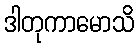
ဒါတုကာမောသိ